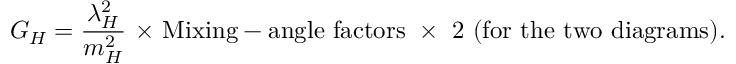
G _ { H } = \frac { \lambda _ { H } ^ { 2 } } { m _ { H } ^ { 2 } } \mathrm { ~ \times ~ M i x i n g - a n g l e ~ f a c t o r s ~ \times ~ 2 ~ ( f o r ~ t h e ~ t w o ~ d i a g r a m s ) . }